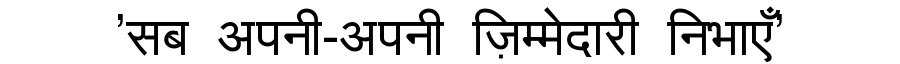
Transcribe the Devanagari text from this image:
'सब अपनी-अपनी ज़िम्मेदारी निभाएँ'